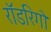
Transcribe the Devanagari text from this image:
रॉडरिगो